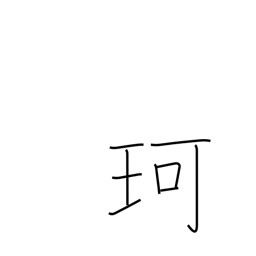
Meaning: jewel